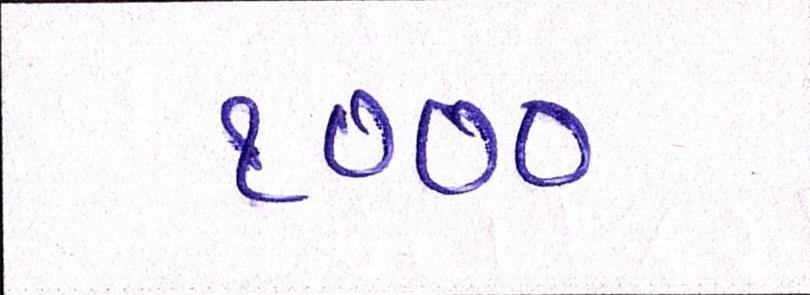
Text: ૧૦૦૦